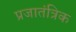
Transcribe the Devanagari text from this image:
प्रजातंत्रिक